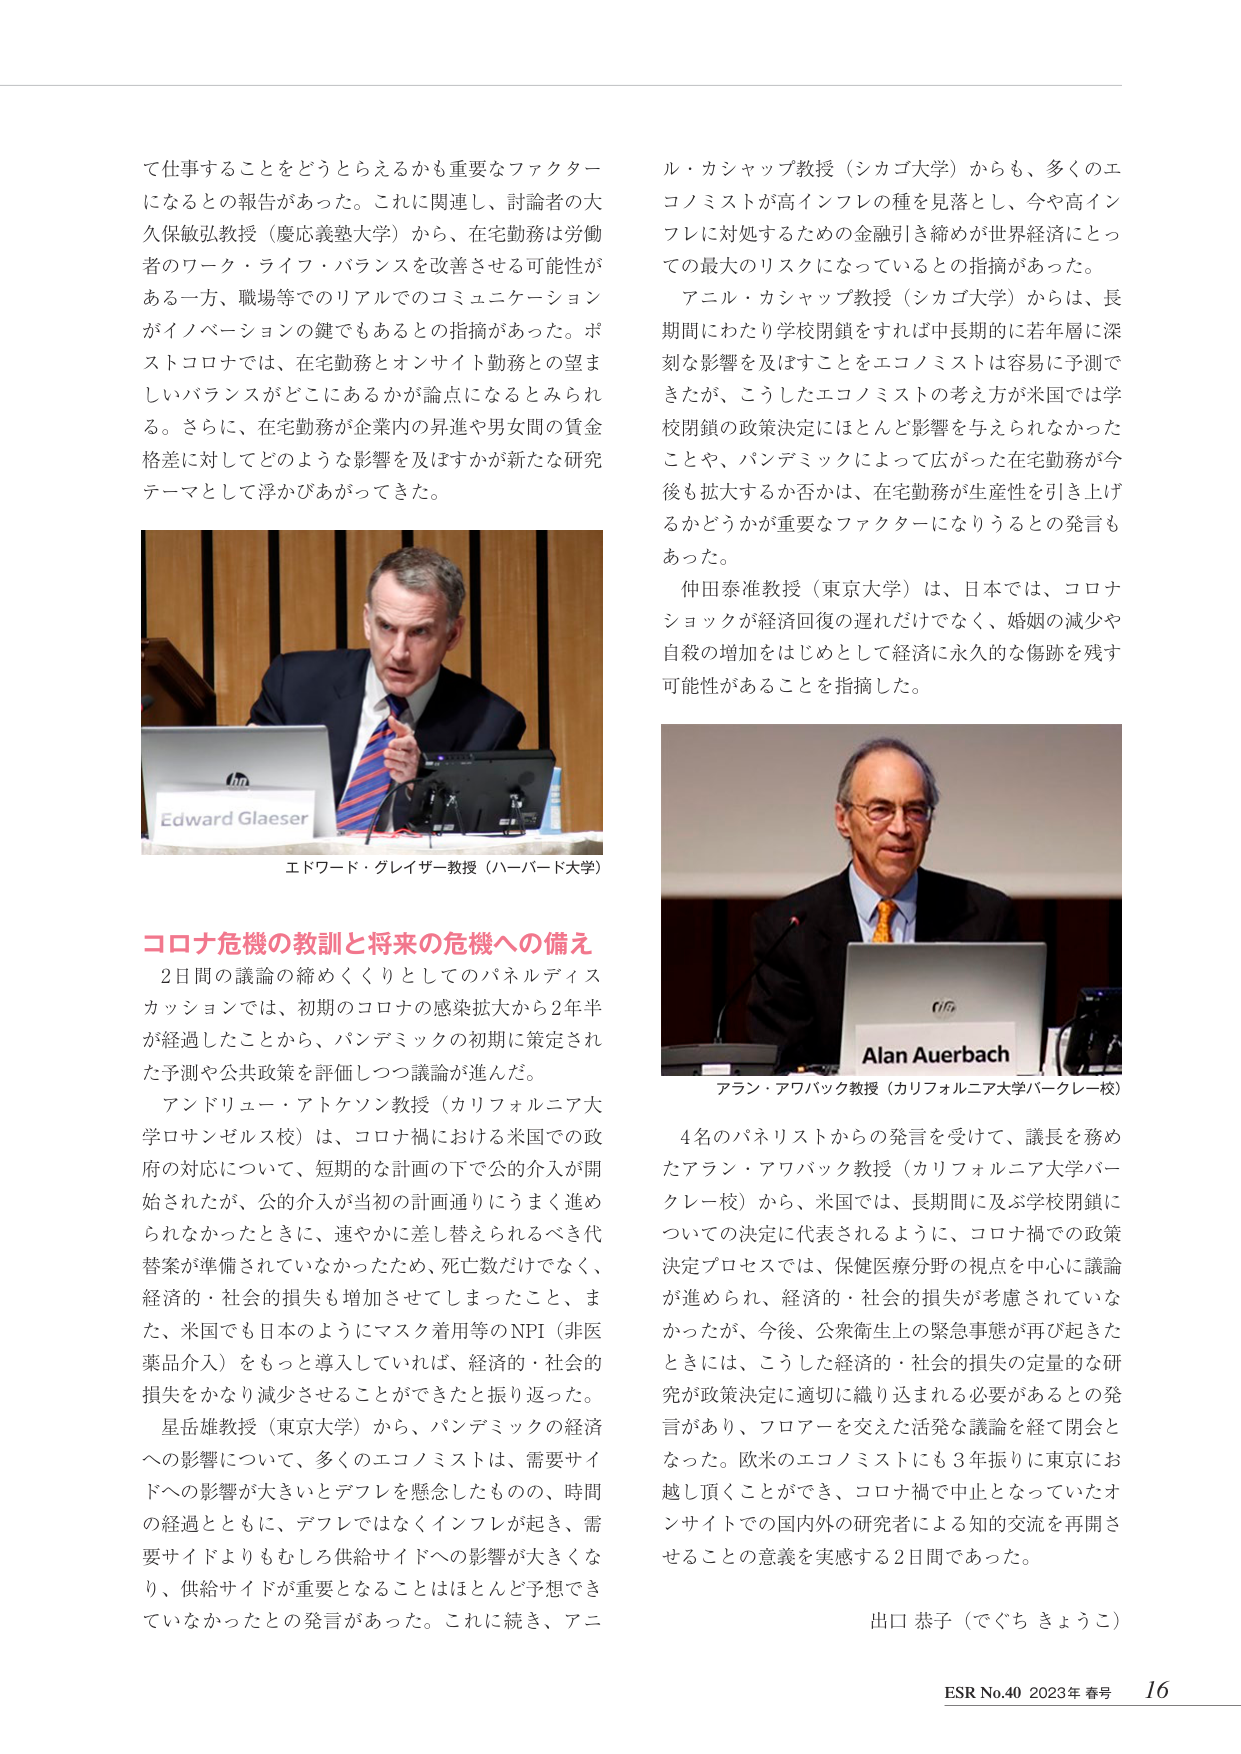
て仕事することをどうとらえるかも重要なファクター
になるとの報告があった。これに関連し、討論者の大
久保敏弘教授（慶応義塾大学）から、在宅勤務は労働
者のワーク・ライフ・バランスを改善させる可能性が
ある一方、職場等でのリアルでのコミュニケーション
がイノベーションの鍵でもあるとの指摘があった。ポ
ストコロナでは、在宅勤務とオンサイト勤務との望ま
しいバランスがどこにあるかが論点になるとみられ
る。さらに、在宅勤務が企業内の昇進や男女間の賃金
格差に対してどのような影響を及ぼすかが新たな研究
テーマとして浮かびあがってきた。

ル・カシャップ教授（シカゴ大学）からも、多くのエ
コノミストが高インフレの種を見落とし、今や高イン
フレに対処するための金融引き締めが世界経済にとっ
ての最大のリスクになっているとの指摘があった。
アニル・カシャップ教授（シカゴ大学）からは、長
期間にわたり学校閉鎖をすれば中長期的に若年層に深
刻な影響を及ぼすことをエコノミストは容易に予測で
きたが、こうしたエコノミストの考え方が米国では学
校閉鎖の政策決定にほとんど影響を与えられなかった
ことや、パンデミックによって広がった在宅勤務が今
後も拡大するか否かは、在宅勤務が生産性を引き上げ
るかどうかが重要なファクターになりうるとの発言も
あった。
仲田泰准教授（東京大学）は、日本では、コロナ
ショックが経済回復の遅れだけでなく、婚姻の減少や
自殺の増加をはじめとして経済に永久的な傷跡を残す
可能性があることを指摘した。

エドワード・グレイザー教授（ハーバード大学）

コロナ危機の教訓と将来の危機への備え
2日間の議論の締めくくりとしてのパネルディス
カッションでは、初期のコロナの感染拡大から2年半
が経過したことから、パンデミックの初期に策定され
た予測や公共政策を評価しつつ議論が進んだ。
アンドリュー・アトケンソン教授（カリフォルニア大
学ロサンゼルス校）は、コロナ禍における米国での政
府の対応について、短期的な計画の下で公的介入が開
始されたが、公的介入が当初の計画通りにうまく進め
られなかったときに、速やかに差し替えられるべき代
替案が準備されていなかったため、死亡数だけでなく、
経済的・社会的損失も増加させてしまったこと、ま
た、米国でも日本のようにマスク着用等のNPI（非医
薬品介入）をもっと導入していれば、経済的・社会的
損失をかなり減少させることができたと振り返った。
星岳雄教授（東京大学）から、パンデミックの経済
への影響について、多くのエコノミストは、需要サイ
ドへの影響が大きいとデフレを懸念したもの、時間
の経過とともに、デフレではなくインフレが起き、需
要サイドよりもむしろ供給サイドへの影響が大きくな
り、供給サイドが重要となることはほとんど予想でき
ていなかったとの発言があった。これに続き、アニ

Alan Auerbach
アラン・アワバック教授（カリフォルニア大学バークレー校）

4名のパネリストからの発言を受けて、議長を務め
たアラン・アワバック教授（カリフォルニア大学バー
クレー校）から、米国では、長期間に及ぶ学校閉鎖に
ついての決定に代表されるように、コロナ禍での政策
決定プロセスでは、保健医療分野の視点を中心に議論
が進められ、経済的・社会的損失が考慮されていな
かったが、今後、公衆衛生上の緊急事態が再び起きた
ときには、こうした経済的・社会的損失の定量的な研
究が政策決定に適切に織り込まれる必要があるとの発
言があり、フロアーを交えた活発な議論を経て閉会と
なった。欧米のエコノミストにも3年振りに東京にお
越し頂くことができ、コロナ禍で中止となっていたオ
ンサイトでの国内外の研究者による知的交流を再開さ
せることの意義を実感する2日間であった。

出口 恭子（でぐち きょうこ）

ESR No.40 2023年 春号 16